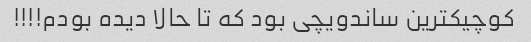
کوچیکترین ساندویچی بود که تا حالا دیده بودم!!!!